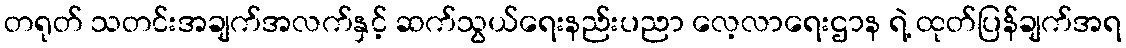
တရုတ် သတင်းအချက်အလက်နှင့် ဆက်သွယ်ရေးနည်းပညာ လေ့လာရေးဌာန ရဲ့ ထုတ်ပြန်ချက်အရ